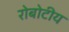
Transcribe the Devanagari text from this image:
रोबोटीय